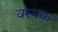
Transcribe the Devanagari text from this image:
वस्यक